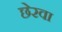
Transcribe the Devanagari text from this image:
छेरवा